Report of an investigation into the causes of the diseases known in Assam as Kála-Azár and Beri-Beri
Disease focus: Beri-Beri
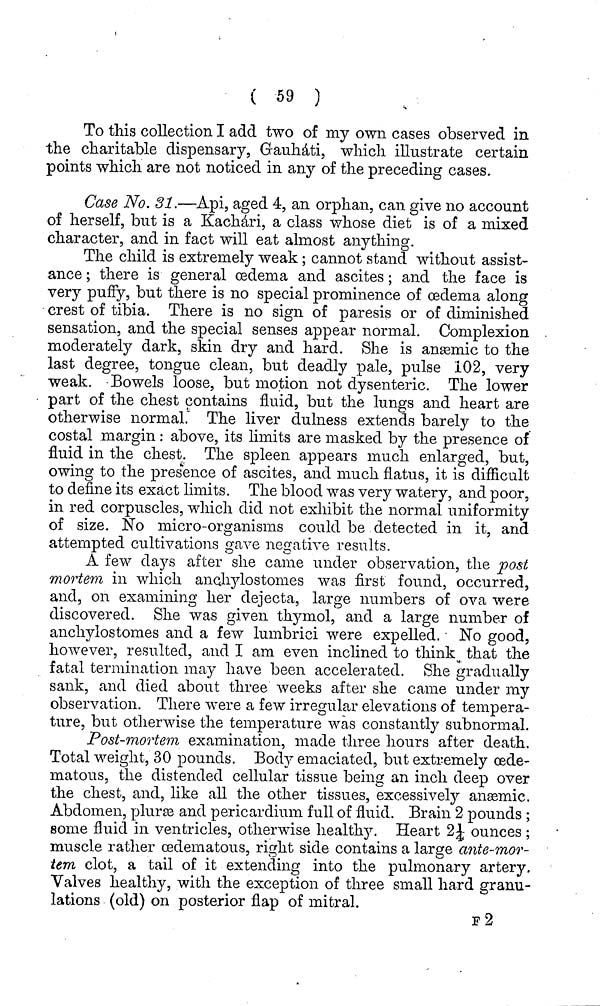
( 59 )
To this collection I add two of my own cases observed in
the charitable dispensary, Gauháti, which illustrate certain
points which are not noticed in any of the preceding cases.
Case No. 31.—Api, aged 4, an orphan, can give no account
of herself, but is a Kachári, a class whose diet is of a mixed
character, and in fact will eat almost anything.
The child is extremely weak; cannot stand without assist-
ance ; there is general oedema and ascites; and the face is
very puffy, but there is no special prominence of oedema along
crest of tibia. There is no sign of paresis or of diminished
sensation, and the special senses appear normal. Complexion
moderately dark, skin dry and hard. She is anæmic to the
last degree, tongue clean, but deadly pale, pulse 102, very
weak. Bowels loose, but motion not dysenteric. The lower
part of the chest contains fluid, but the lungs and heart are
otherwise normal. The liver dulness extends barely to the
costal margin: above, its limits are masked by the presence of
fluid in the chest. The spleen appears much enlarged, but,
owing to the presence of ascites, and much flatus, it is difficult
to define its exact limits. The blood was very watery, and poor,
in red corpuscles, which did not exhibit the normal uniformity
of size. Ño micro-organisms could be detected in it, and
attempted cultivations gave negative results.
A few days after she came under observation, the post
mortem in which anchylostomes was first found, occurred,
and, 011 examining her dejecta, large numbers of ova were
discovered. She was given thymol, and a large number of
anchylostomes and a few lumbrici were expelled. No good,
however, resulted, and I am even inclined to think that the
fatal termination may have been accelerated. She gradually
sank, and died about three weeks after she came under my
observation. There were a few irregular elevations of tempera-
ture, but otherwise the temperature was constantly subnormal.
Post-mortem examination, made three hours after death.
Total weight, 30 pounds. Body emaciated, but extremely œde-
matous, the distended cellular tissue being an inch deep over
the chest, and, like all the other tissues, excessively anæmic.
Abdomen, pluræ and pericardium full of fluid. Brain 2 pounds ;
some fluid in ventricles, otherwise healthy. Heart 2¼ ounces ;
muscle rather œdematous, right side contains a large ante-mor-
tem clot, a tail of it extending into the pulmonary artery.
Valves healthy, with the exception of three small hard granu-
lations (old) on posterior flap of mitral.
F2